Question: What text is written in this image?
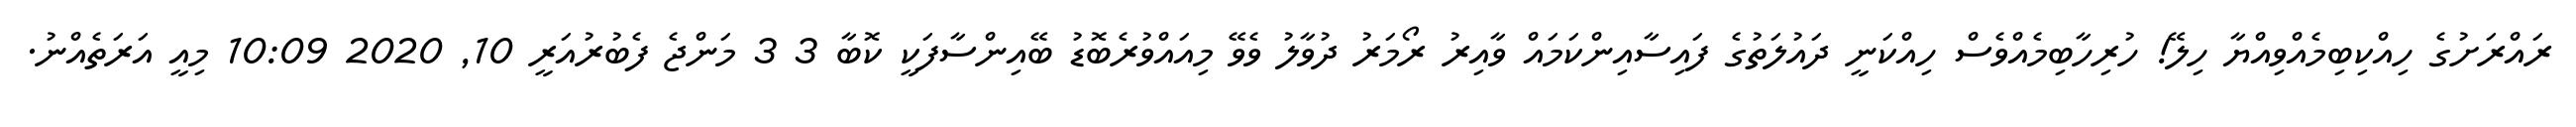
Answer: ރައްރަށުގެ ހިއްކިބިމެއްވިއްޔާ ހިލޭ! ހުރިހާބިމެއްވެސް ހިއްކަނީ ދައުލަތުގެ ފައިސާއިންކަމައް ވާއިރު ރޯމަރު ދުވާލު ވެވޭ މިއައްވުރެބޮޑު ބޭއިންސާފަކީ ކޮބާ 3 3 މަންޖެ ފެބުރުއަރީ 10, 2020 10:09 މިއީ އަރަތެއްނު.